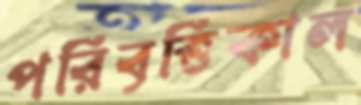
পরিবৃত্তিকাল